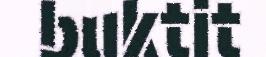
buktit